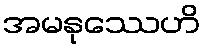
အမနုဿေဟိ